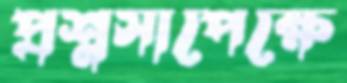
প্রশ্নসাপেক্ষে